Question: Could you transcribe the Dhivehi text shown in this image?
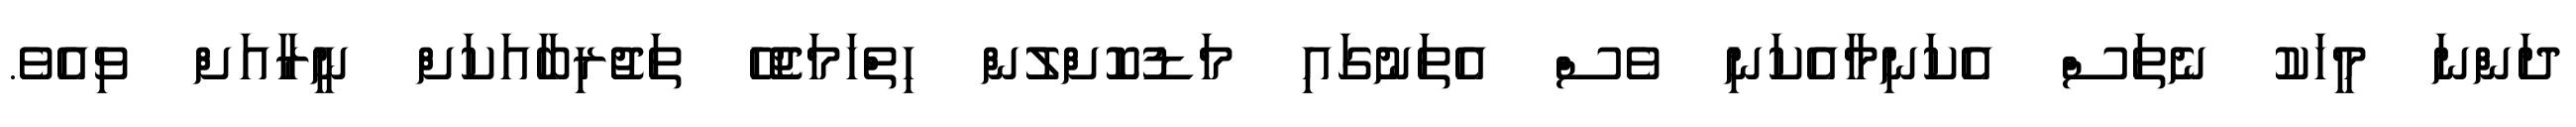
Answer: ދަންނަ މީހަކު ނެތަސް އެކަނިމާއެކަނި ވެސް އެތަނުގައި މަޑުކޮށްލުން ހިތްހަމަޖެހޭ ތަޖުރިބާއަކަށް ނީރާއަށް ވިއެވެ.